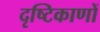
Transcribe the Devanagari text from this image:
दृष्टिकाणों